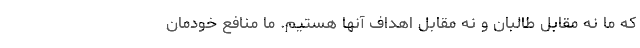
كه ما نه مقابل طالبان و نه مقابل اهداف آنها هستيم. ما منافع خودمان